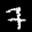
Label: 7